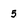
Character: 5